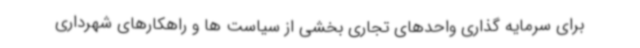
برای سرمایه گذاری واحدهای تجاری بخشی از سیاست ها و راهکارهای شهرداری